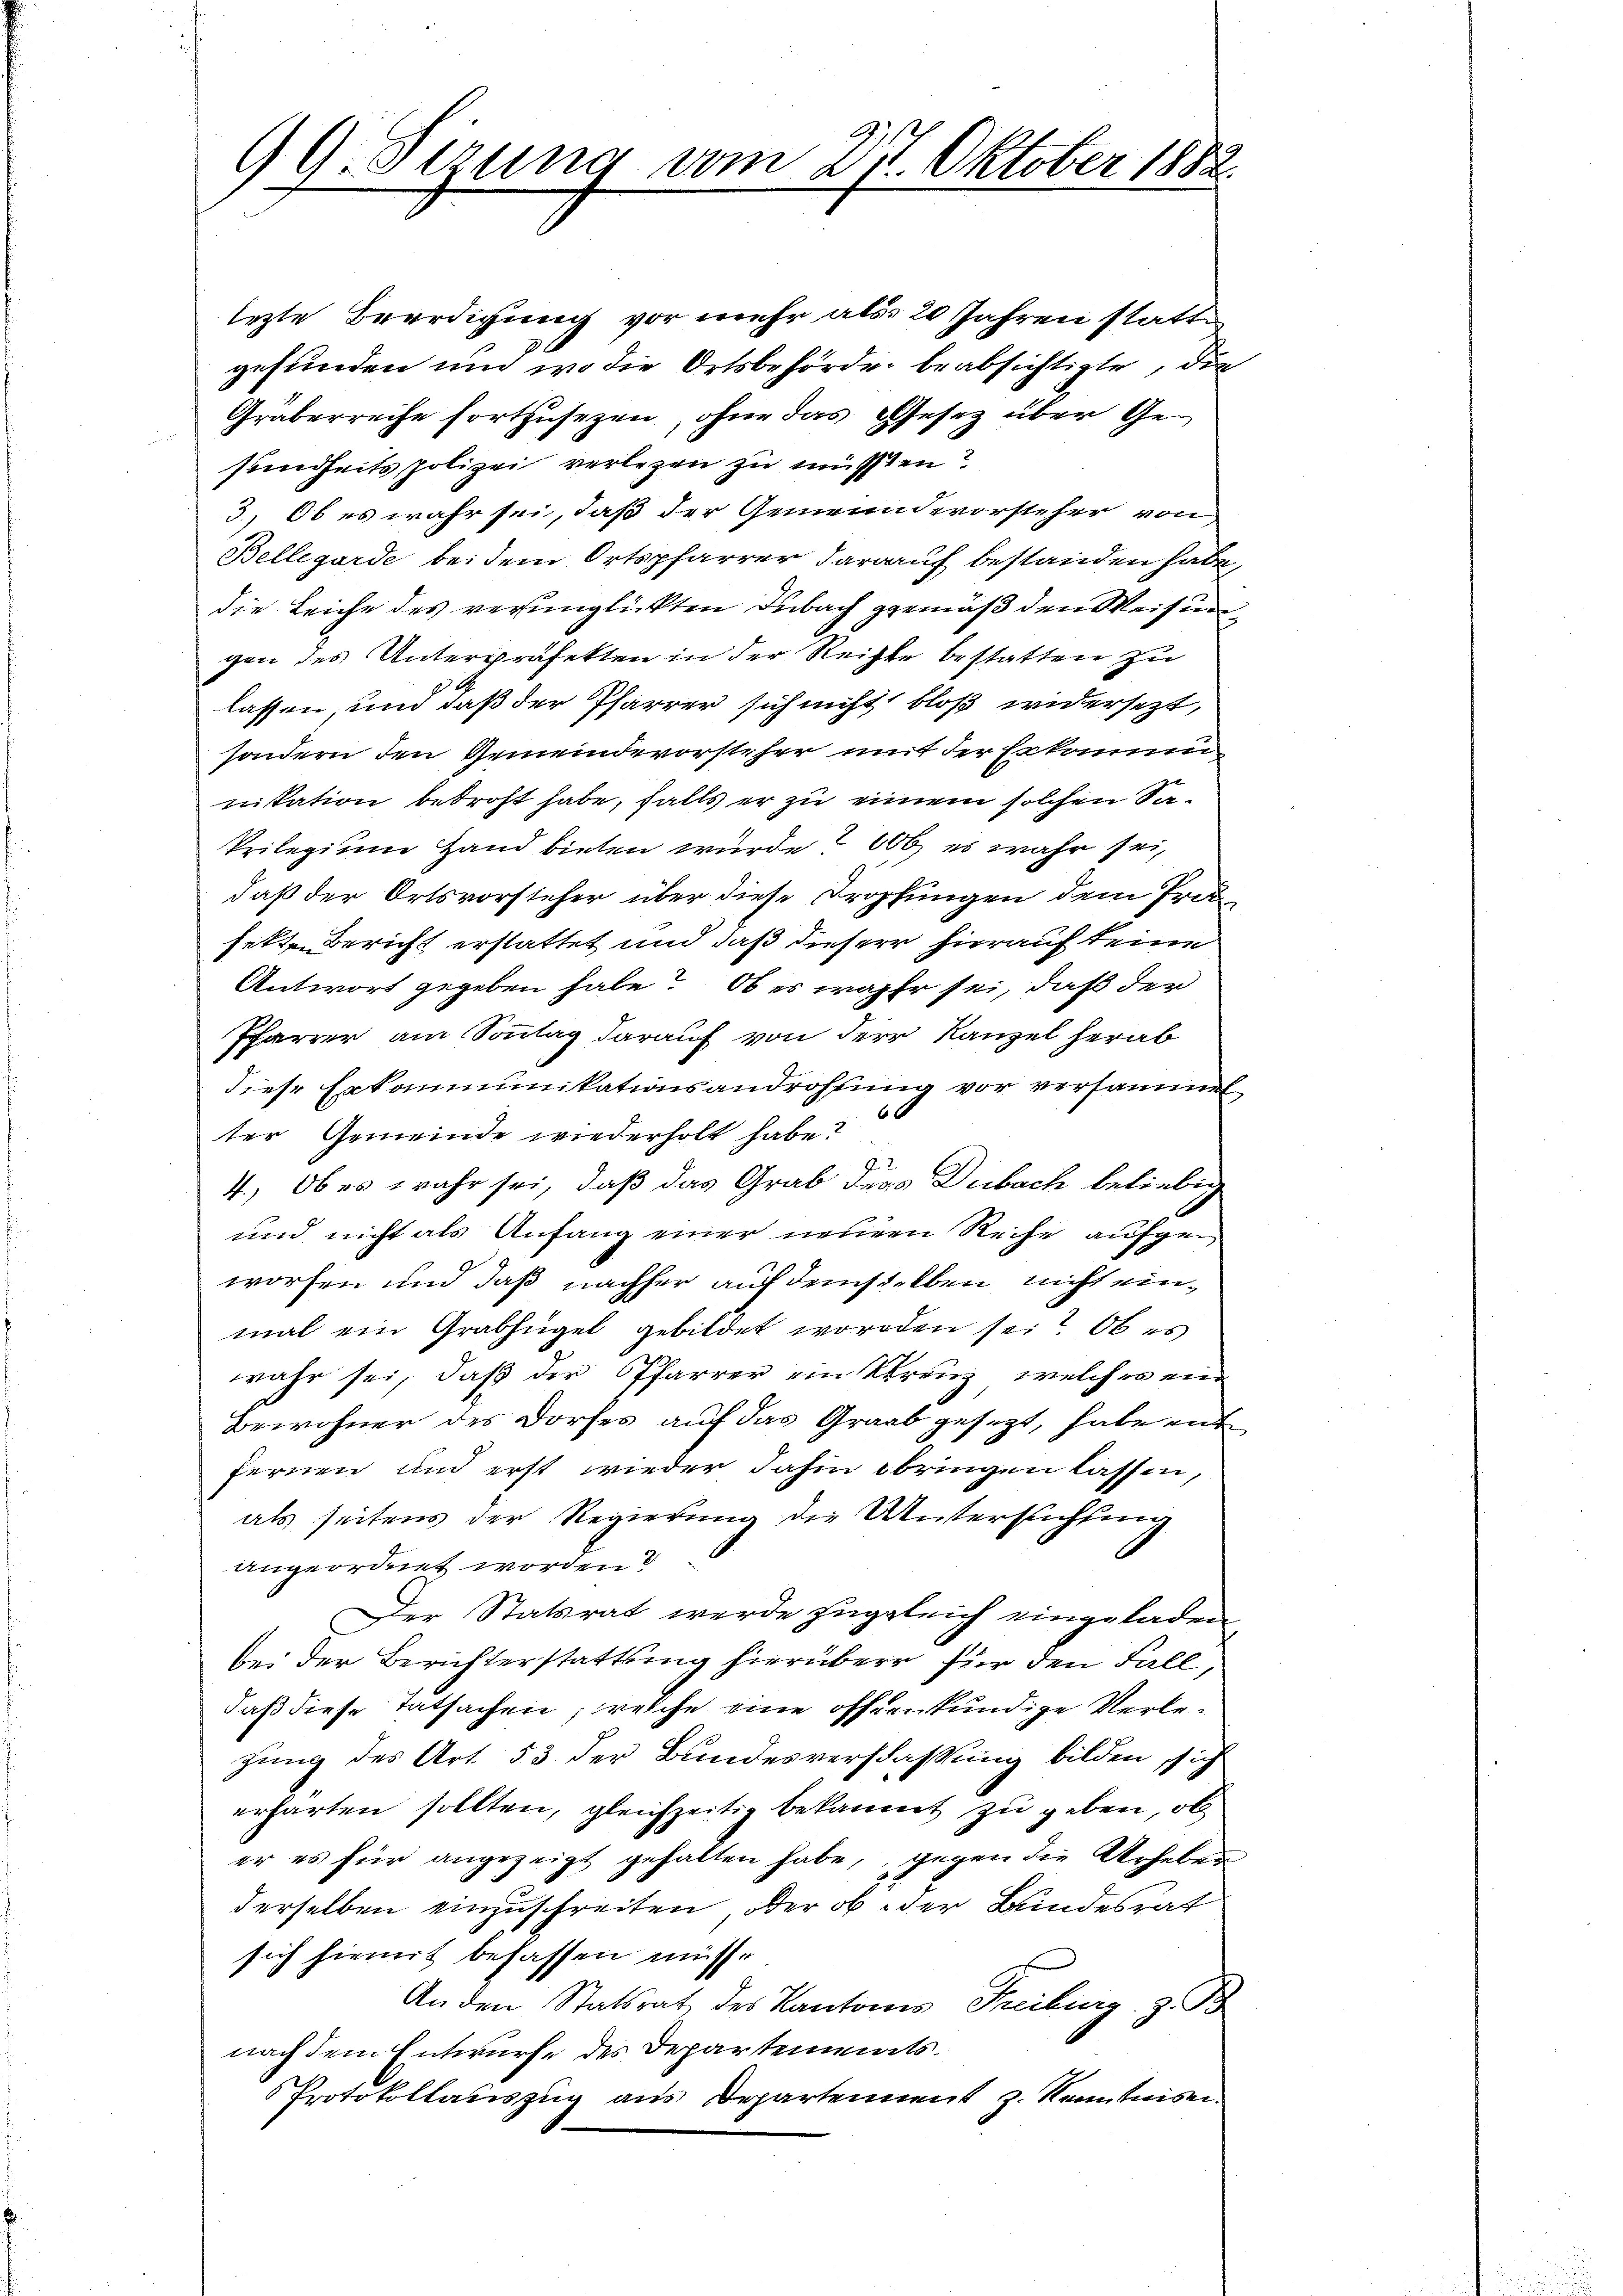
99. Serung vom 27. Oktober 1882

lezte Beerdigung vor mehr als 20 Jahren statte
gefunden und wo die Ortsbehörde beabsichtigte, die
Graberreihe fortzusezen, ohne das Gesetz über Gesundheits polizei verlegen zu müssten?
3., Ob es wahr sei, daß der Gemeindevorsteher von
Bellegarde bei dem Ortspfarrer darauf bestanden habe,
die Leiche des verunglickten Dubach gemäß den Weisun
gen des Unterpräfekten in der Rechte bestatten zu
lassen und daß der Pfarrer sich nicht bloß widersezt,
sondern den Gemeindevorsteher mit der bekommen
nikation betroft habe, falls er zu einem solchen Sa¬
Prilegium Hand bieten wurde ? 000 es wahr sei,
daß der Ortsvorsteher über diese Tropfungen dem Prod
fetten Bericht erstattet und daß dieser hierauf keine
Antwort gegeben habe? Ob es wahr sei, daß den
Pfarrer am Sonntag darauf von der Kanzel herab
diese Erkommunikationsandrohung vor versammt
60
ter Gemeinde wiederholt habe?
4.) Ob es wahr sei, daß das Grab ders Dubach beliebig
und nicht als Anfang einer neuern Reihe aufgeworfen und daß nachher auf demselben nicht einmal ein Grabhügel gebildet worden sei? Ob es
wahr sei, daß der Pfarrer ein Strenz, welches ein
Bewohner des Dorfes auf das Graab gesezt, habe aus
fernen und erst wieder dahin bringen lassen,
als seitens der Regierung die Untersuchung
angeordnet worden?
Der Statsrat werde zugleich eingeladen,
bei der Berichterstattung hierüber für den Fall,
daß diese Tatsachen, welche eine offenkundige Verlezung des Art. 53 der Bundesverfaßung bilden, sich
erharten sollten, gleichzeitig bekannt zu geben, ob
er es für angezeigt gehalten habe, gegen die Urheben
derselben einzuschreiten, oder ob der Bundesrat
sich hiemit befassen müsse
An den Statsrat des Kantons Freiburg z. B.
nach dem Entwurfe des Departements.
Protokollauszug aus Departennent z. Kenntnisn